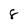
Character: 8